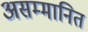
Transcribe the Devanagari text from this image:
असम्मानित